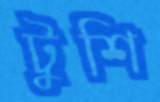
টুশি